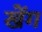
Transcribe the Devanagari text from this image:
खेंग